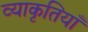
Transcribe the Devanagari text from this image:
व्याकृतियाँ